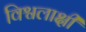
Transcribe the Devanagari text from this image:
विश्वलाक्षी